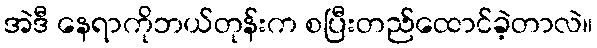
အဲဒီ နေရာကိုဘယ်တုန်းက စပြီးတည်ထောင်ခဲ့တာလဲ။